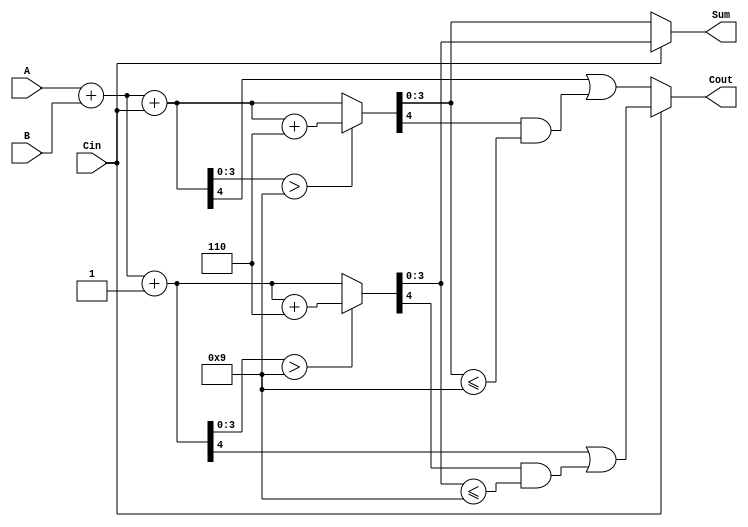
module BCD_MCSA (
    input  wire [3:0] A,    // 4-bit BCD input A
    input  wire [3:0] B,    // 4-bit BCD input B
    input  wire Cin,         // Carry-in
    output reg  [3:0] Sum,   // 4-bit BCD Sum output
    output reg  Cout         // Carry-out
);

    wire [4:0] sum0, sum1;  // Intermediate sums for carry-in = 0 and 1
    wire [4:0] corrected_sum0, corrected_sum1; // Corrected sums
    wire carry0, carry1;     // Carry out for both adders
    
    // Initial binary addition for carry-select logic
    assign sum0 = {1'b0, A} + {1'b0, B} + Cin;    // When Cin = 0
    assign sum1 = {1'b0, A} + {1'b0, B} + 1'b1;   // When Cin = 1

    // Intermediate carries
    assign carry0 = sum0[4]; // Carry for sum0
    assign carry1 = sum1[4]; // Carry for sum1

    // BCD correction logic: add 6 (0110) if sum exceeds 9
    assign corrected_sum0 = (sum0[3:0] > 4'd9) ? (sum0 + 4'b0110) : sum0;
    assign corrected_sum1 = (sum1[3:0] > 4'd9) ? (sum1 + 4'b0110) : sum1;

    // Multiplexer for selecting corrected_sum based on Cin
    always @(*) begin
        if (Cin) begin
            Sum = corrected_sum1[3:0];
            Cout = carry1 || (corrected_sum1[4] && (corrected_sum1[3:0] <= 4'd9));
        end else begin
            Sum = corrected_sum0[3:0];
            Cout = carry0 || (corrected_sum0[4] && (corrected_sum0[3:0] <= 4'd9));
        end
    end

endmodule